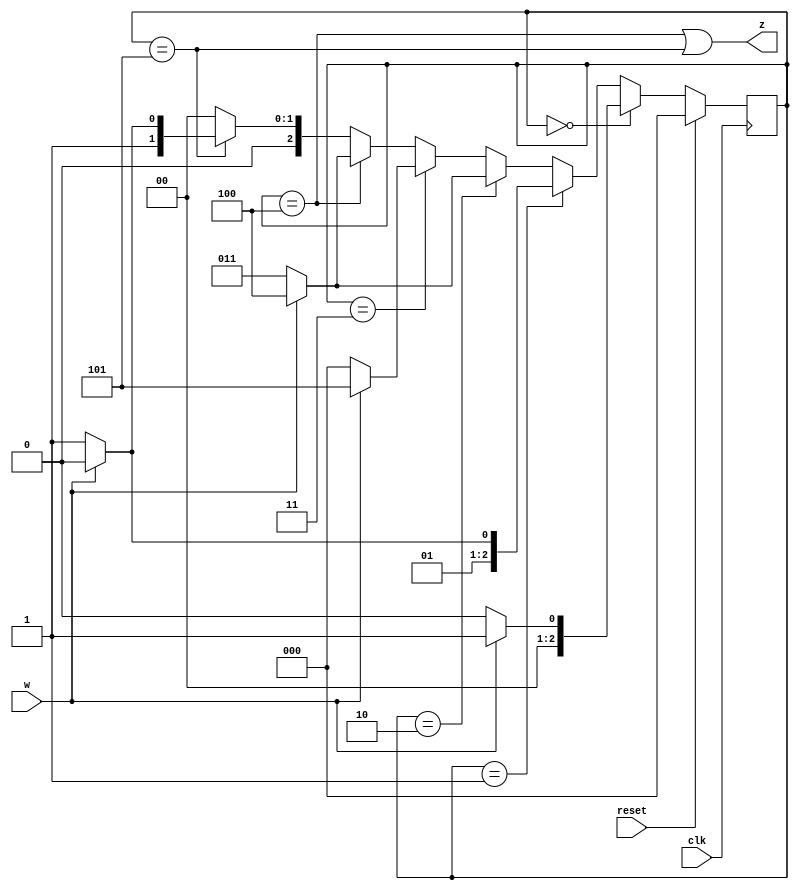
module top_module (
    input clk,
    input reset,   // Synchronous active-high reset
    input w,
    output z
);

    reg [3:1] A=3'h0, B=3'h1, C=3'h2, D=3'h3, E=3'h4, F=3'h5;
    reg [3:1] state, next;
    always @(*) begin
        case (state)
            A: next = w?B:A;
            B: next = w?C:D;
            C: next = w?E:D;
            D: next = w?F:A;
            E: next = w?E:D;
            F: next = w?C:D;
            default: next = A;
        endcase
    end
    
    always @(posedge clk) begin
        if (reset) 
            state <= A;
	    else
            state <= next;
    end
    
    assign z = (state==E) || (state==F);
            
endmodule